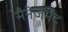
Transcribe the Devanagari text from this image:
मैनेजेमेंट